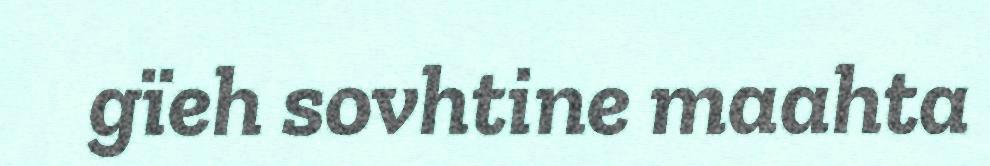
gïeh sovhtine maahta